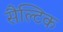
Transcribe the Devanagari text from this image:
सैल्टिक